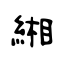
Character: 緗